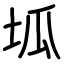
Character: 坬